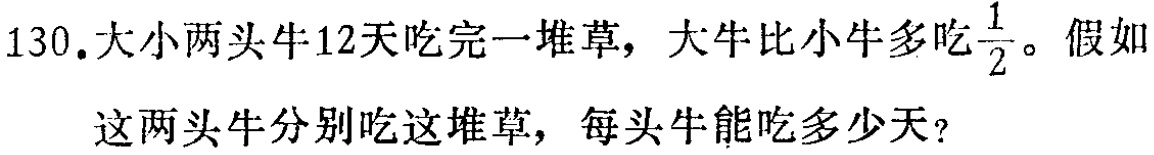
130.大小两头牛12天吃完一堆草，大牛比小牛多吃$\frac{1}{2}$。假如

这两头牛分别吃这堆草，每头牛能吃多少天？